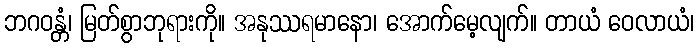
ဘဂဝန္တံ၊ မြတ်စွာဘုရားကို။ အနုဿရမာနော၊ အောက်မေ့လျက်။ တာယံ ဝေလာယံ၊